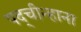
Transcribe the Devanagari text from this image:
पद्चीन्हाना